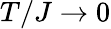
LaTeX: T/J\rightarrow 0